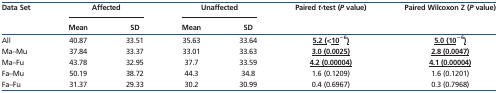
| <ROWSPAN=2> Data Set | <COLSPAN=2> Affected | <COLSPAN=2> Unaffected | <ROWSPAN=2> Paired t-test (P value) | <ROWSPAN=2> Paired Wilcoxon Z (P value) |
 | Mean | SD | Mean | SD |
 | --- | --- | --- | --- | --- | --- | --- |
 | All | 40.87 | 33.51 | 35.63 | 33.64 | <underline>5.2 (<10</underline>−6<underline>)</underline> | <underline>5.0 (10</underline>−6<underline>)</underline> |
 | Ma–Mu | 37.84 | 33.37 | 33.01 | 33.63 | <underline>3.0 (0.0025)</underline> | <underline>2.8 (0.0047)</underline> |
 | Ma–Fu | 43.78 | 32.95 | 37.7 | 33.59 | <underline>4.2 (0.00004)</underline> | <underline>4.1 (0.00004)</underline> |
 | Fa–Mu | 50.19 | 38.72 | 44.3 | 34.8 | 1.6 (0.1209) | 1.6 (0.1201) |
 | Fa–Fu | 31.37 | 29.33 | 30.2 | 30.99 | 0.4 (0.6967) | 0.3 (0.7968) |